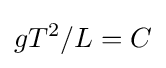
gT^{2}/L=C